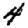
Digit: 4